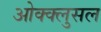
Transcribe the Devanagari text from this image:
ओक्क्लुसल